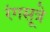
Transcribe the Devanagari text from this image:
रंगसूत्रे